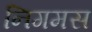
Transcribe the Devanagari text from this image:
निगमस